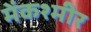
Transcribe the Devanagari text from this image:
मेंकश्मीर